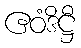
ဧဝံဒိဋ္ဌီ